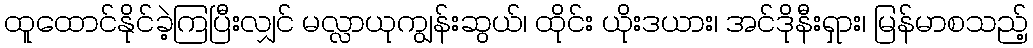
ထူထောင်နိုင်ခဲ့ကြပြီးလျှင် မလ္လာယုကျွန်းဆွယ်၊ ထိုင်း ယိုးဒယား၊ အင်ဒိုနီးရှား၊ မြန်မာစသည့်